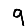
Digit: 9